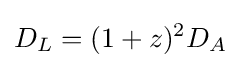
D_{L}=(1+z)^{2}D_{A}